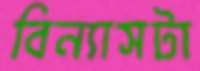
বিন্যাসটা